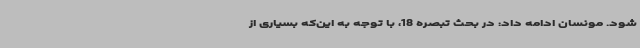
شود. مونسان ادامه داد: در بحث تبصره 18، با توجه به این‌که بسیاری از